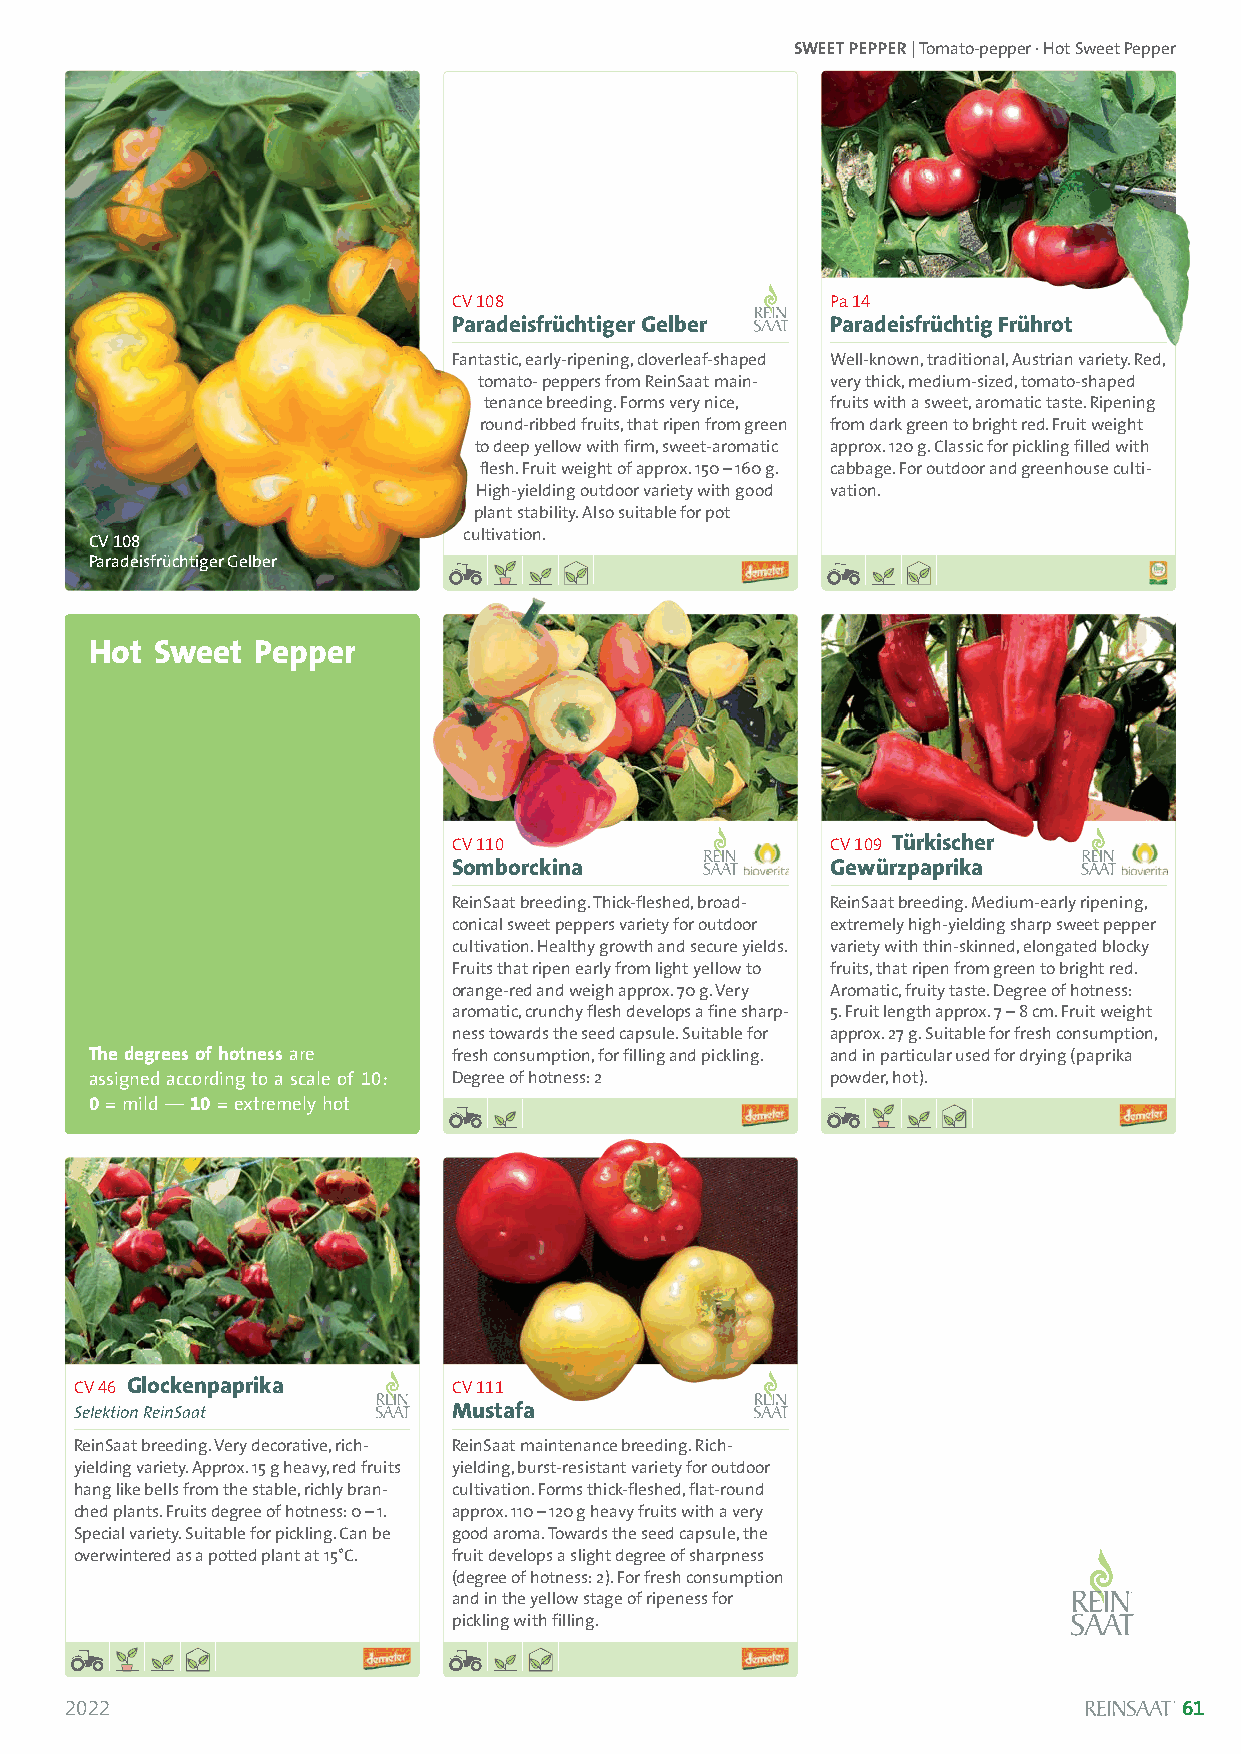
SWEET PEPPER| Tomato-pepper · Hot Sweet Pepper
 CV 108                   Pa 14
 Paradeisfrüchtiger Gelber Paradeisfrüchtig Frührot
 Fantastic, early-ripening, cloverleaf-shaped Well-known, traditional, Austrian variety. Red,
 tomato- peppers from ReinSaat main- very thick, medium-sized, tomato-shaped
 tenance breeding. Forms very nice, fruits with a sweet, aromatic taste. Ripening
 round-ribbed fruits, that ripen from green from dark green to bright red. Fruit weight
 to deep yellow with firm, sweet-aromatic approx. 120 g. Classic for pickling filled with
 flesh. Fruit weight of approx. 150 –160 g. cabbage. For outdoor and greenhouse culti-
 High-yielding outdoor variety with good vation.
 plant stability. Also suitable for pot
 CV 108                   cultivation.
 Paradeisfrüchtiger Gelber
 Hot Sweet  Pepper
 Solanum lycopersicum
 CV 110                   CV 109 Türkischer
 Somborckina              Gewürzpaprika
 ReinSaat breeding. Thick-fleshed, broad- ReinSaat breeding. Medium-early ripening,
 conical sweet peppers variety for outdoor extremely high-yielding sharp sweet pepper
 cultivation. Healthy growth and secure yields. variety with thin-skinned, elongated blocky
 Fruits that ripen early from light yellow to fruits, that ripen from green to bright red.
 orange-red and weigh approx. 70 g. Very Aromatic, fruity taste. Degree of hotness:
 aromatic, crunchy flesh develops a fine sharp- 5. Fruit length approx. 7 – 8 cm. Fruit weight
 ness towards the seed capsule. Suitable for approx. 27 g. Suitable for fresh consumption,
 The degrees of hotness are fresh consumption, for filling and pickling. and in particular used for drying (paprika
 assigned according to a scale of 10: Degree of hotness: 2 powder, hot).
 0= mild — 10= extremely hot
 CV 46 Glockenpaprika     CV 111
 Selektion ReinSaat       Mustafa
 ReinSaat breeding. Very decorative, rich- ReinSaat maintenance breeding. Rich-
 yielding variety. Approx. 15 g heavy, red fruits yielding, burst-resistant variety for outdoor
 hang like bells from the stable, richly bran- cultivation. Forms thick-fleshed, flat-round
 ched plants. Fruits degree of hotness: 0 –1. approx. 110 –120 g heavy fruits with a very
 Special variety. Suitable for pickling. Can be good aroma. Towards the seed capsule, the
 overwintered as a potted plant at 15°C. fruit develops a slight degree of sharpness
 (degree of hotness: 2). For fresh consumption
 and in the yellow stage of ripeness for
 pickling with filling.
 2022                                                                      61